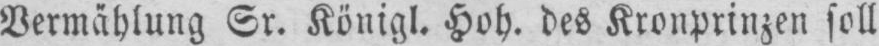
Vermählung Sr. Königl. Hoh. des Kronprinzen soll